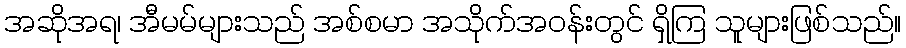
အဆိုအရ၊ အီမမ်များသည် အစ်စမာ အသိုက်အဝန်းတွင် ရှိကြ သူများဖြစ်သည်။